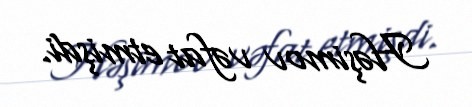
Həşimov vəfat etmişdi.